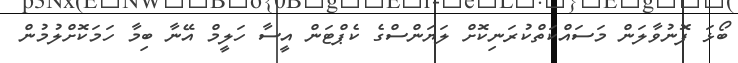
ބޯޅަ ފޮނުވާލަން މަސައްކަތްކުރަނިކޮށް ލަޔަންސްގެ ކެޕްޓަން އީސާ ހަލީމް އޭނާ ބިމާ ހަމަކޮށްލުުމުން